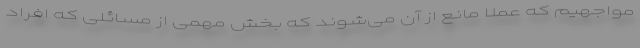
مواجهیم که عملاً مانع از آن می‌شوند که بخش مهمی از مسائلی که افراد